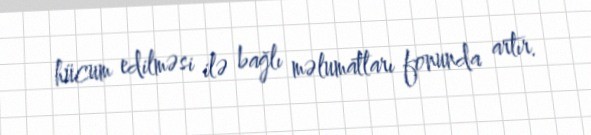
hücum edilməsi ilə bağlı məlumatları fonunda artır.